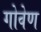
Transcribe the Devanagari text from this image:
गोवेण